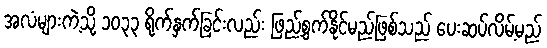
အလံများကဲ့သို့ ၁၀၃၃ ရိုက်နှက်ခြင်းလည်း ဖြည့်စွက်နိုင်မည်ဖြစ်သည် ပေးဆပ်လိမ့်မည်